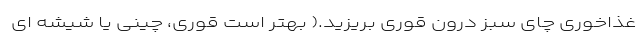
غذاخوری چای سبز درون قوری بریزید.( بهتر است قوری، چینی یا شیشه ای